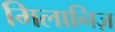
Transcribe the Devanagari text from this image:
मिलानिज़